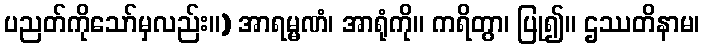
ပညတ်ကိုသော်မှလည်း။) အာရမ္မဏံ၊ အာရုံကို။ ကရိတွာ၊ ပြု၍။ ဌဿတိနာမ၊